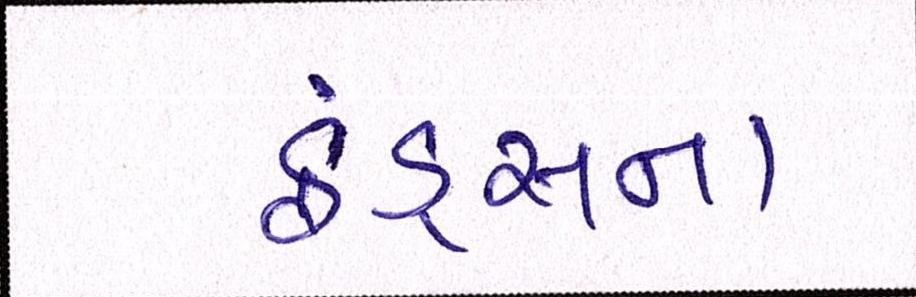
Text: ફંડ્સના